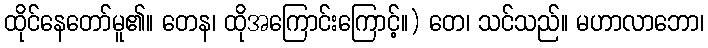
ထိုင်နေတော်မူ၏။ တေန၊ ထိုအကြောင်းကြောင့်။) တေ၊ သင်သည်။ မဟာလာဘော၊